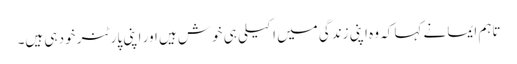
تاہم ایما نے کہا کہ وہ اپنی زندگی میں اکیلی ہی خوش ہیں اور اپنی پارٹنر خود ہی ہیں۔